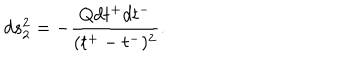
LaTeX: d s _ { 2 } ^ { 2 } = - \frac { Q d t ^ { + } d t ^ { - } } { ( t ^ { + } - t ^ { - } ) ^ { 2 } } .